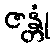
ဇန္တုံ